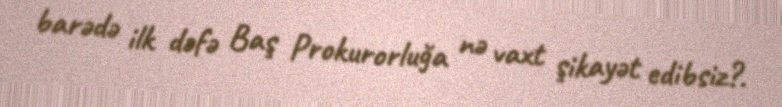
barədə ilk dəfə Baş Prokurorluğa nə vaxt şikayət edibsiz?.